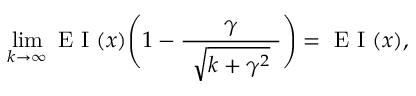
\operatorname* { l i m } _ { k \to \infty } \mathrm { ~ E ~ I ~ } ( \boldsymbol { x } ) \Bigg ( 1 - \frac { \gamma } { \hphantom { e } \vphantom { \big | } \sqrt { k + \gamma ^ { 2 } } \hphantom { e } } \Bigg ) = \mathrm { ~ E ~ I ~ } ( \boldsymbol { x } ) ,